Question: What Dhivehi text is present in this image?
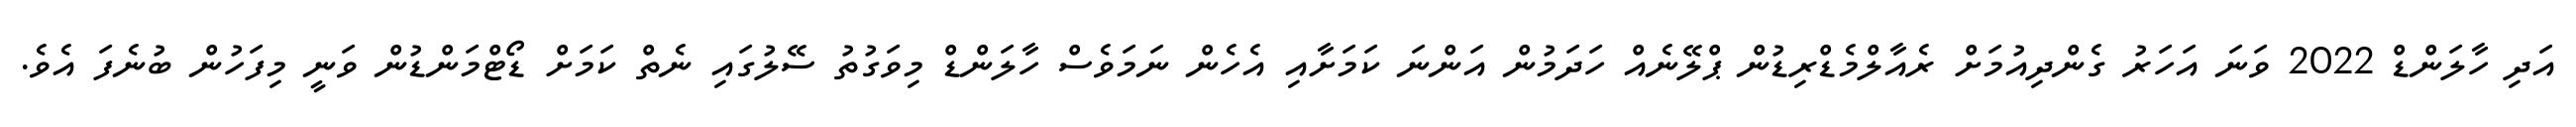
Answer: އަދި ހާލަންޑް 2022 ވަނަ އަހަރު ގެންދިއުމަށް ރެއާލްމެޑްރިޑުން ޕްލޭނެއް ހަދަމުން އަންނަ ކަމަށާއި އެހެން ނަމަވެސް ހާލަންޑް މިވަގުތު ސޭލުގައި ނެތް ކަމަށް ޑޯޓްމަންޑުން ވަނީ މިފަހުން ބުނެފަ އެވެ.